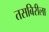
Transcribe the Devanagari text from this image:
तसबिरीला